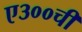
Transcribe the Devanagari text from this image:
ए३००ची